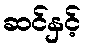
ဆင်နှင့်